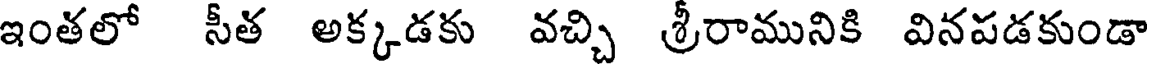
ఇంతలో సీత అక్కడకు వచ్చి శ్రీరామునికి వినపడకుండా